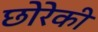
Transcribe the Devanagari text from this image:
छोरेकी